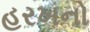
હરખનો